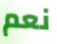
نعم